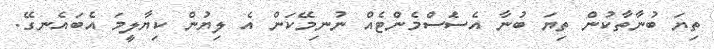
ތިޔަ ބުނާތާކުން ތިޔަ ބުނާ އެސެަސްމެންޓެއް ނުނިމޭކަން އެ ލިޔުން ކިޔާލީމަ އެބައެނގޭ.